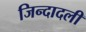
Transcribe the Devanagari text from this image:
जिन्दादली